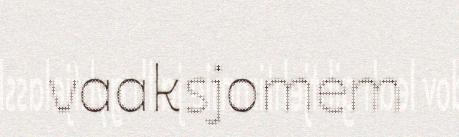
vaaksjomem